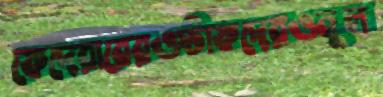
ফেদেরারেরওস্টাফদেরওনুল